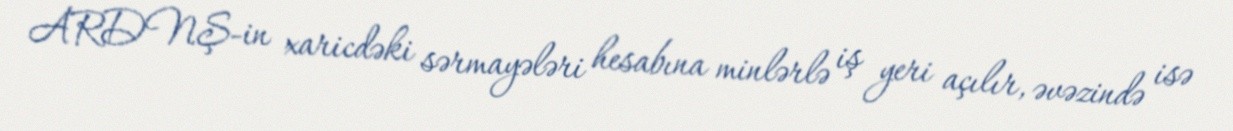
ARDNŞ-in xaricdəki sərmayələri hesabına minlərlə iş yeri açılır, əvəzində isə